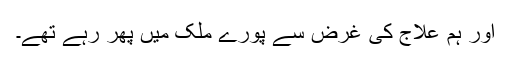
اور ہم علاج کی غرض سے پورے ملک میں پھر رہے تھے۔